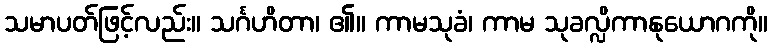
သမာပတ်ဖြင့်လည်း။ သင်္ဂဟိတာ၊ ၏။ ကာမသုခံ၊ ကာမ သုခလ္လိကာနုယောဂကို။